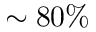
\sim 8 0 \%